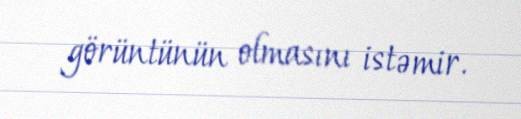
görüntünün olmasını istəmir.